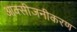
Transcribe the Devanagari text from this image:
आक्सीजनीकरण